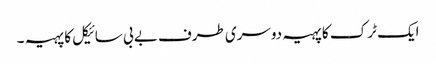
ایک ٹرک کا پہیہ دوسری طرف بے بی سائیکل کا پہیہ ۔